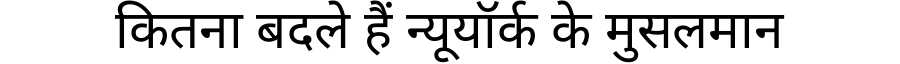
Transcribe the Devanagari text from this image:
कितना बदले हैं न्यूयॉर्क के मुसलमान